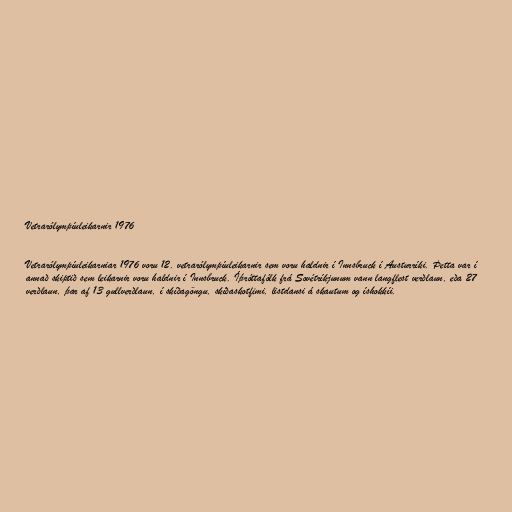
Vetrarólympíuleikarnir 1976

Vetrarólympíuleikarniar 1976 voru 12. vetrarólympíuleikarnir sem voru haldnir í Innsbruck í Austurríki. Þetta var í
annað skiptið sem leikarnir voru haldnir í Innsbruck. Íþróttafólk frá Sovétríkjunum vann langflest verðlaun, eða 27
verðlaun, þar af 13 gullverðlaun, í skíðagöngu, skíðaskotfimi, listdansi á skautum og íshokkíi.